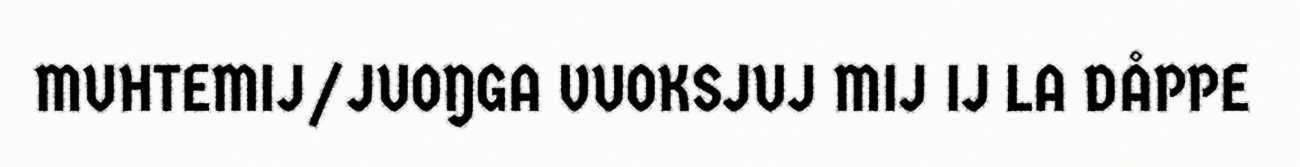
MUHTEMIJ/JUOŊGA VUOKSJUJ MIJ IJ LA DÅPPE